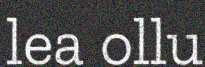
lea ollu